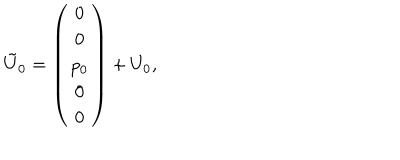
LaTeX: \tilde { U } _ { 0 } = \left( \begin{array} { c } { { 0 } } \\ { { 0 } } \\ { { p _ { 0 } } } \\ { { 0 } } \\ { { 0 } } \\ \end{array} \right) + U _ { 0 } ,